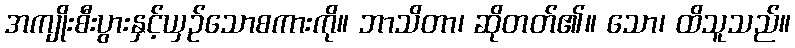
အကျိုးစီးပွားနှင့်ယှဉ်သောစကားကို။ ဘာသိတာ၊ ဆိုတတ်၏။ သော၊ ထိသူသည်။